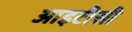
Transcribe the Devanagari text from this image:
आइटीसी